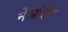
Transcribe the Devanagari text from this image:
नेआंडेर